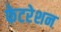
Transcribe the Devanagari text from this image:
फेटरेशन